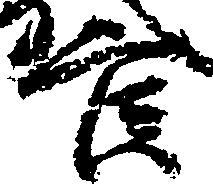
官